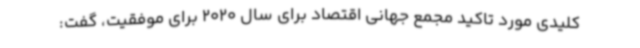
کلیدی مورد تاکید مجمع جهانی اقتصاد برای سال 2020 برای موفقیت، گفت: